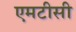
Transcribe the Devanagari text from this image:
एमटीसी